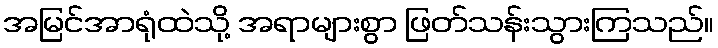
အမြင်အာရုံထဲသို့ အရာများစွာ ဖြတ်သန်းသွားကြသည်။